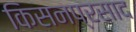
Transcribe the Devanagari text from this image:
किसनप्रसाद